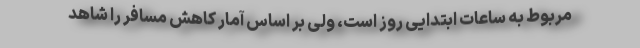
مربوط به ساعات ابتدایی روز است، ولی بر اساس آمار کاهش مسافر را شاهد